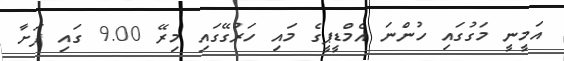
އަމީނީ މަގުގައި ހުންނަ އެމްޑީޕީގެ މައި ހަރުގޭގައި މިރޭ 9.00 ގައި ފަށާ